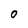
Character: 0